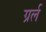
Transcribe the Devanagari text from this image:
ग्रर्ल